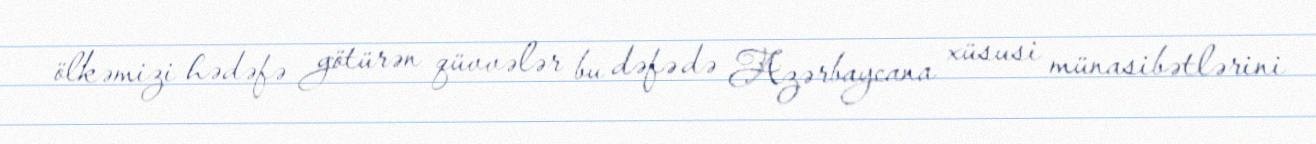
ölkəmizi hədəfə götürən qüvvələr bu dəfə də Azərbaycana xüsusi münasibətlərini